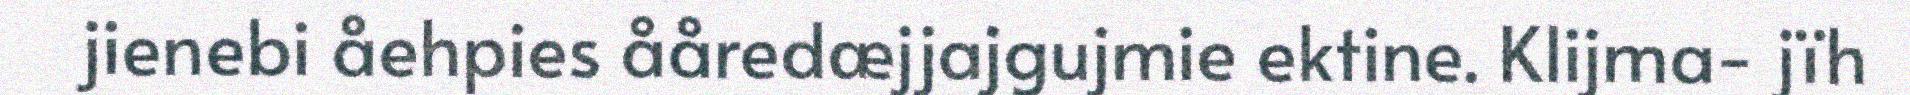
jienebi åehpies ååredæjjajgujmie ektine. Klijma- jïh